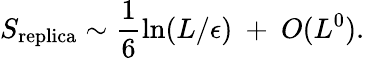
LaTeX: S_{\mathrm{replica}}\sim{\frac{1}{6}}\mathrm{ln}(L/\epsilon)~+~O(L^{0}).